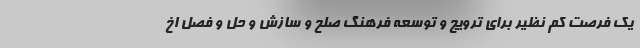
یک فرصت کم نظیر برای ترویج و توسعه فرهنگ صلح و سازش و حل و فصل اخ